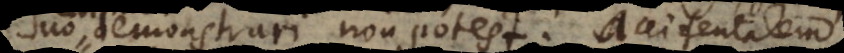
demonstrari non potest; accidentalem